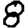
Digit: 8